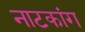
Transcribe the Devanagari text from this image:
नाटकांग